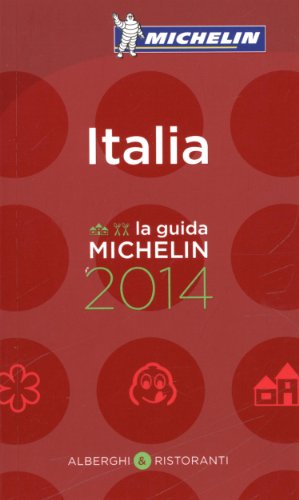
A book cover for MICHELIN Guide Italia 2014 (Michelin Guide/Michelin) (Italian Edition); Michelin; Travel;